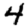
Digit: 4